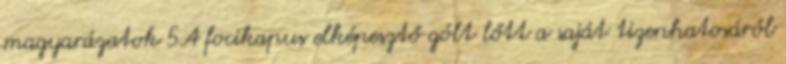
magyarázatok 5A focikapus elképesztő gólt lőtt a saját tizenhatosáról